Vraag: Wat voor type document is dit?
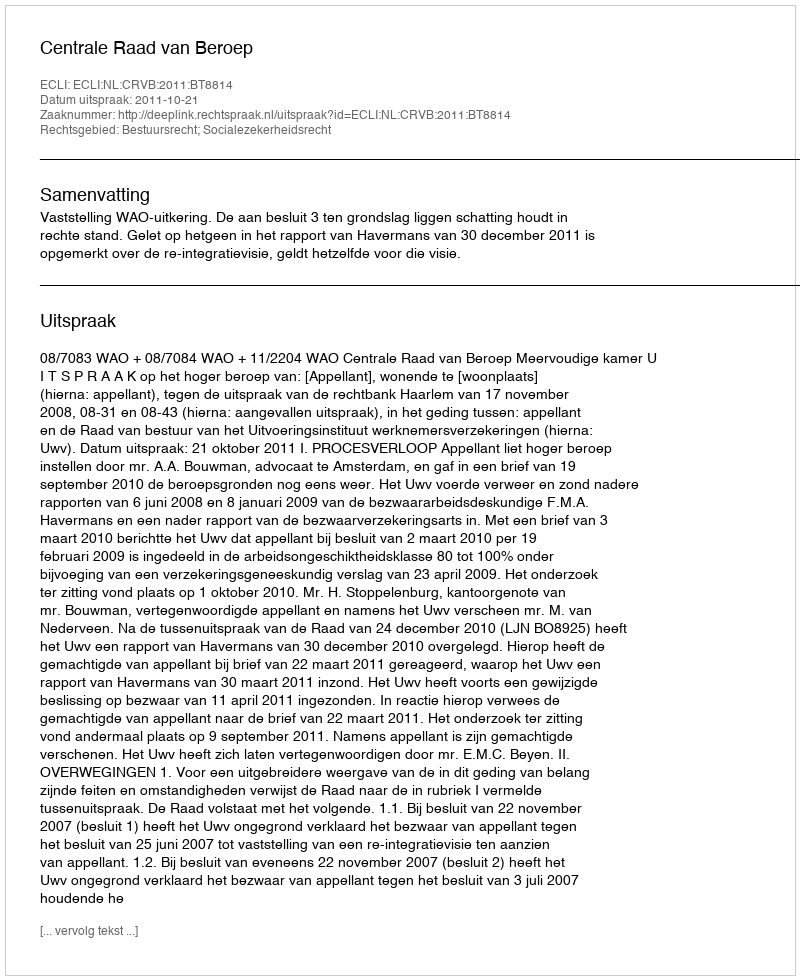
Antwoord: Uitspraak